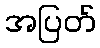
အပြတ်